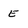
Character: E